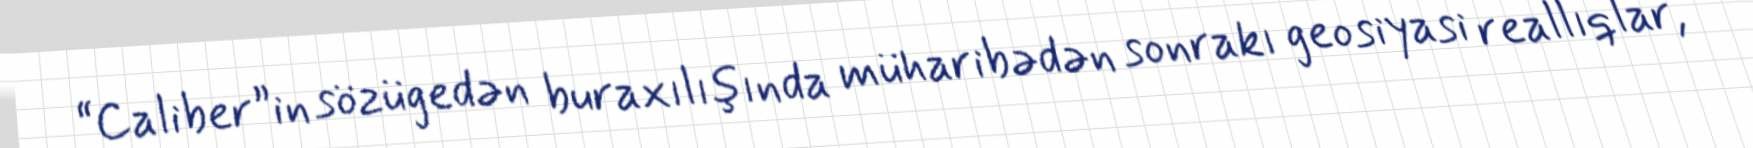
“Caliber”in sözügedən buraxılışında müharibədən sonrakı geosiyasi reallıqlar,